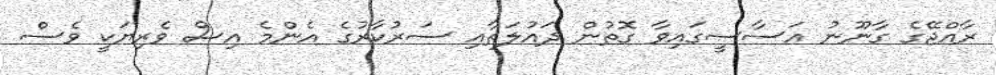
ރާއްޖޭގެ ގާނޫނު އަސާސީގައިވާ ގޮތުން ދައުލަތާއި ސަރުކާރުގެ އެންމެ އިސް ވެރިޔަކީ ވެސް